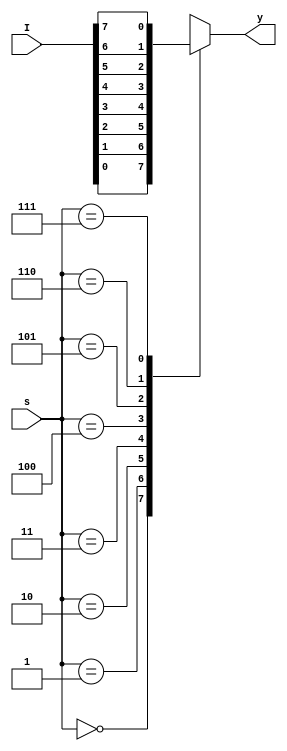
// 8 Inputs 
// 3 select lines 
// 1 Output
// Behavioural code is writing the code for the truth table


// s2 s1 s0  Y
// 0 0 0     I0
// 0 0 1     I1
// 0 1 0     I2
// 0 1 1     I3
// 1 0 0     I4
// 1 0 1     I5
// 1 1 0     I6
// 1 1 1     I7

// Because I is a 8-bit and s is a 3-bit, that's why we can't take bothe of them in one line

module mux (I,s,y);
input [2:0]s; //vector defined of size 3 for select lines
input [7:0]I; //vector defined of size 8 for Output
output reg y; //output is a register because it is a single bit

always @ (I,s) //always block is used to write the code for the truth table
begin
    case (s) //case statement is used to write the code for the truth table 
    // 3 select lines are there so we have to write 8 cases
    // 3 select lines means 2^3 = 8 cases
    // 3'b000 means 3-bit binary number 000
    3'b000: y=I[0]; //3'b000 is the binary equivalent of 0, b represents that inputs are binary and 000 is the binary equivalent of 0
    3'b001: y=I[1]; //3'b001 is the binary equivalent of 1
    3'b010: y=I[2]; //3'b010 is the binary equivalent of 2
    3'b011: y=I[3]; //3'b011 is the binary equivalent of 3
    3'b100: y=I[4]; //3'b100 is the binary equivalent of 4
    3'b101: y=I[5]; //3'b101 is the binary equivalent of 5
    3'b110: y=I[6]; //3'b110 is the binary equivalent of 6
    3'b111: y=I[7]; //3'b111 is the binary equivalent of 7
    default y="z"; //default is used to write the code for the don't care condition, high impidence case
    endcase
end
endmodule